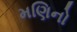
મણિનો